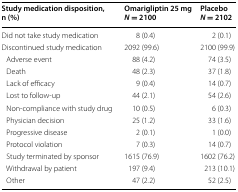
<table><thead><tr><td><b>Study medication disposition, n (%)</b></td><td><b>Omarigliptin 25 mg<i>N</i> = 2100</b></td><td><b>Placebo<i>N</i> = 2102</b></td></tr></thead><tbody><tr><td>Did not take study medication</td><td>8 (0.4)</td><td>2 (0.1)</td></tr><tr><td>Discontinued study medication</td><td>2092 (99.6)</td><td>2100 (99.9)</td></tr><tr><td> Adverse event</td><td>88 (4.2)</td><td>74 (3.5)</td></tr><tr><td> Death</td><td>48 (2.3)</td><td>37 (1.8)</td></tr><tr><td> Lack of efficacy</td><td>9 (0.4)</td><td>14 (0.7)</td></tr><tr><td> Lost to follow-up</td><td>44 (2.1)</td><td>54 (2.6)</td></tr><tr><td> Non-compliance with study drug</td><td>10 (0.5)</td><td>6 (0.3)</td></tr><tr><td> Physician decision</td><td>25 (1.2)</td><td>33 (1.6)</td></tr><tr><td> Progressive disease</td><td>2 (0.1)</td><td>1 (0.0)</td></tr><tr><td> Protocol violation</td><td>7 (0.3)</td><td>14 (0.7)</td></tr><tr><td> Study terminated by sponsor</td><td>1615 (76.9)</td><td>1602 (76.2)</td></tr><tr><td> Withdrawal by patient</td><td>197 (9.4)</td><td>213 (10.1)</td></tr><tr><td> Other</td><td>47 (2.2)</td><td>52 (2.5)</td></tr></tbody></table>